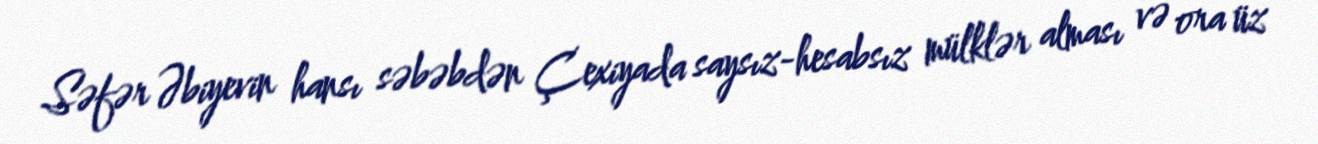
Səfər Əbiyevin hansı səbəbdən Çexiyada saysız-hesabsız mülklər alması və ora üz